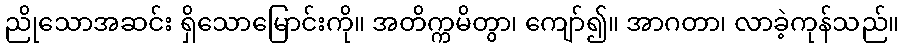
ညိုသောအဆင်း ရှိသောမြောင်းကို။ အတိက္ကမိတွာ၊ ကျော်၍။ အာဂတာ၊ လာခဲ့ကုန်သည်။